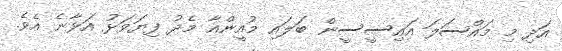
އަދި މި މައްސަލަ އައިސީސީން ބަލައި މުއީންއާ މެދު ފިޔަވަޅު އަޅާނެ އެވެ.